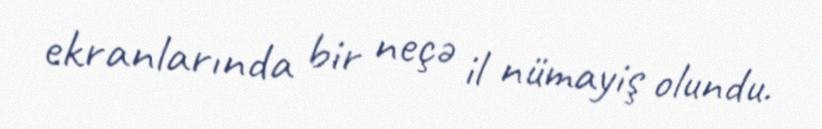
ekranlarında bir neçə il nümayiş olundu.